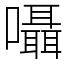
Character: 囁